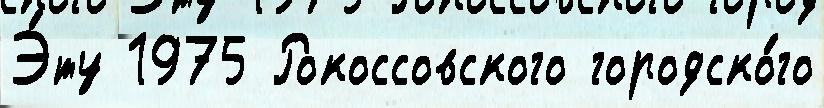
Э́ту 1975 Рокоссовского городско́го